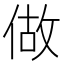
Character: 做